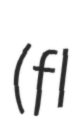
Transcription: (fl